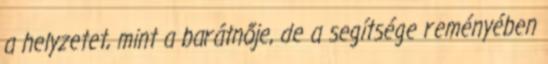
a helyzetet, mint a barátnője, de a segítsége reményében